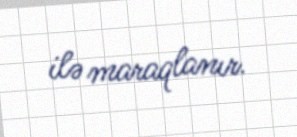
ilə maraqlanır.